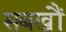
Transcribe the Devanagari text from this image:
सबखौं